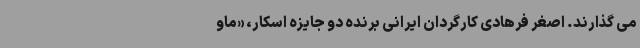
می گذارند. اصغر فرهادی کارگردان ایرانی برنده دو جایزه اسکار، «ماو